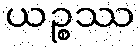
ယဉ္စဿ